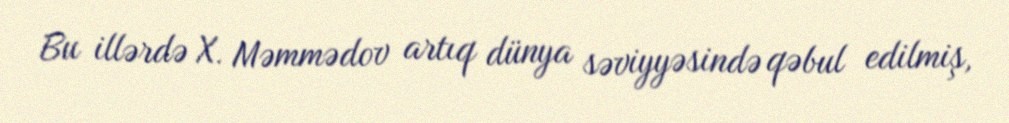
Bu illərdə X. Məmmədov artıq dünya səviyyəsində qəbul edilmiş,